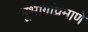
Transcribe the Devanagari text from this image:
भूभागांप्रमाणे